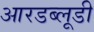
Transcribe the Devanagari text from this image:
आरडब्लूडी